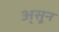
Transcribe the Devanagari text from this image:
अ्सून